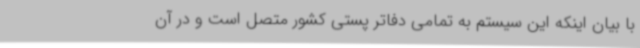
با بیان اینکه این سیستم به تمامی دفاتر پستی کشور متصل است و در آن